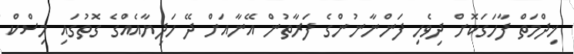
ޚިދްމަތް ފާހަގަކޮށް ދިވެހި ފަންނާނުންގެ ފަރާތުން އޭނާއަށް ދޭ ހަދިޔާއެއްގެ ގޮތުގައި މިސްކް